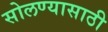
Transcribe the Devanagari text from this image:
सोलण्यासाठी